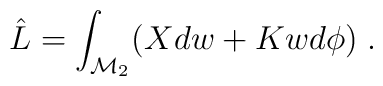
\hat{L} = \int_{\mathcal{M}_2} (X dw + Kw  d \phi )\; .